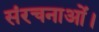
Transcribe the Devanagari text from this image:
संरचनाओं।